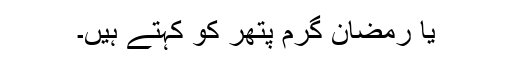
یا رمضان گرم پتھر کو کہتے ہیں۔